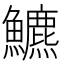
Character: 𩽁